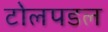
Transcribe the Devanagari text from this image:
टोलपडल